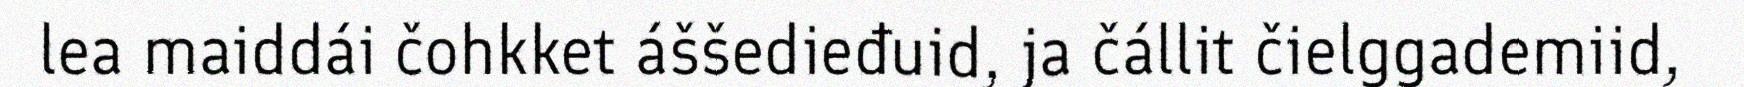
lea maiddái čohkket áššedieđuid, ja čállit čielggademiid,